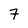
Character: 7